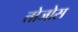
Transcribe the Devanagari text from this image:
तोजोस